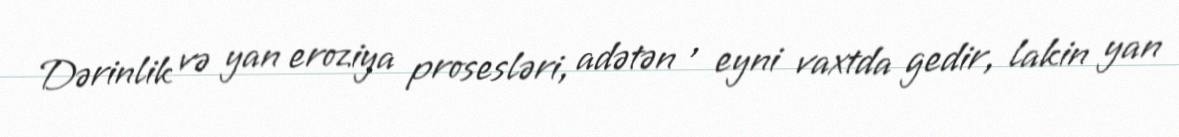
Dərinlik və yan eroziya prosesləri, adətən , eyni vaxtda gedir, lakin yan